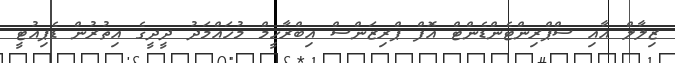
ޒިލާލް އާއި ސްޕްރިންޓެންޑެންޓް އޮފް ޕްރިޒަންސް އިބްރާހީމް މުހައްމަދު ދީދީގެ އިތުރުން ޑެޕިއުޓީ